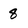
Character: 8